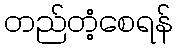
တည်တံ့စေရန်